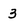
Character: 3